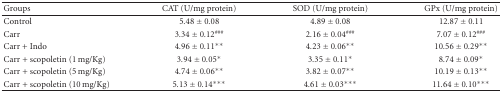
<table><thead><tr><td><b>Groups</b></td><td><b>CAT (U/mg protein)</b></td><td><b>SOD (U/mg protein)</b></td><td><b>GPx (U/mg protein)</b></td></tr></thead><tbody><tr><td>Control</td><td>5.48 ± 0.08</td><td>4.89 ± 0.08</td><td>12.87 ± 0.11</td></tr><tr><td>Carr</td><td>3.34 ± 0.12<sup>###</sup></td><td>2.16 ± 0.04<sup>###</sup></td><td>7.07 ± 0.12<sup>###</sup></td></tr><tr><td>Carr + Indo</td><td>4.96 ± 0.11**</td><td>4.23 ± 0.06**</td><td>10.56 ± 0.29**</td></tr><tr><td>Carr + scopoletin (1 mg/Kg)</td><td>3.94 ± 0.05*</td><td>3.35 ± 0.11*</td><td>8.74 ± 0.09*</td></tr><tr><td>Carr + scopoletin (5 mg/Kg)</td><td>4.74 ± 0.06**</td><td>3.82 ± 0.07**</td><td>10.19 ± 0.13**</td></tr><tr><td>Carr + scopoletin (10 mg/Kg)</td><td>5.13 ± 0.14***</td><td>4.61 ± 0.03***</td><td>11.64 ± 0.10***</td></tr></tbody></table>